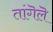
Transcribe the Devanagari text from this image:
तांगॆलॆ